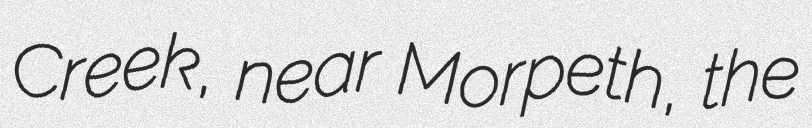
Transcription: Creek, near Morpeth, the